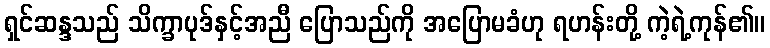
ရှင်ဆန္ဒသည် သိက္ခာပုဒ်နှင့်အညီ ပြောသည်ကို အပြောမခံဟု ရဟန်းတို့ ကဲ့ရဲ့ကုန်၏။